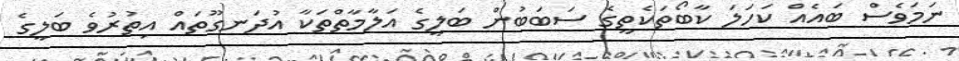
ނަމަވެސް ބައެއް ކަހަލަ ކާބޯތަކެތީގެ ސަބަބުން ބަލީގެ އަލާމާތްތަކާ އުދަނގޫތައް އިތުރުވެ ބަލީގެ